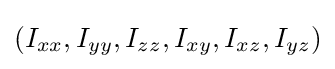
(I_{xx},I_{yy},I_{zz},I_{xy},I_{xz},I_{yz})